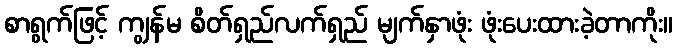
စာရွက်ဖြင့် ကျွန်မ စိတ်ရှည်လက်ရှည် မျက်နှာဖုံး ဖုံးပေးထားခဲ့တာကိုး။